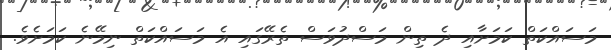
މަސައްކަތް ކަމަށާއި ދެ ތިން މަސްދުވަސް ތެރޭގައި އެ މަސައްކަތް ނިމޭނެ ކަމަށެވެ.